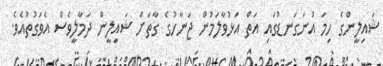
ޝައިލީންގެ ހިމަ އުނަގަނޑުގައި އަތް އަޅުވާލަމުން ޖަނާހުގެ ގާތަށް ޝައިލީން ދަމާލީވެސް އެވަގުތުއެވެ.